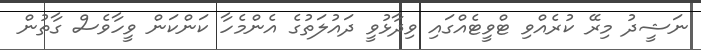
ނަޝީދު މިރޭ ކުރެއްވި ޓްވީޓެއްގައި ވިދާޅުވީ ދައުލަތުގެ އެންމެހާ ކަންކަން ވީހާވެސް ގާތުން